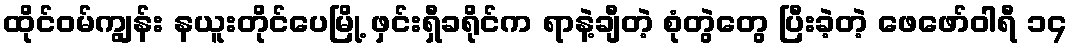
ထိုင်ဝမ်ကျွန်း နယူးတိုင်ပေမြို့ ဖှင်းရှီခရိုင်က ရာနဲ့ချီတဲ့ စုံတွဲတွေ ပြီးခဲ့တဲ့ ဖေဖော်ဝါရီ ၁၄